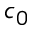
c _ { 0 }